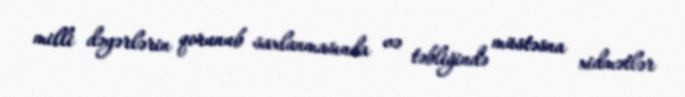
milli dəyərlərin qorunub saxlanmasında və təbliğində müstəsna xidmətlər